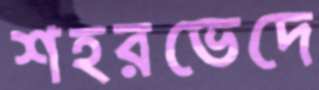
শহরভেদে